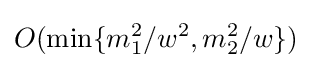
O(\mathrm {min} \{m_{1}^{2}/w^{2},m_{2}^{2}/w\})